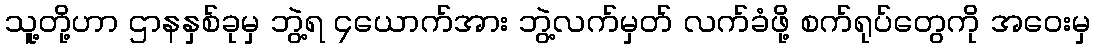
သူ့တို့ဟာ ဌာနနှစ်ခုမှ ဘွဲ့ရ ၄ယောက်အား ဘွဲ့လက်မှတ် လက်ခံဖို့ စက်ရုပ်တွေကို အဝေးမှ